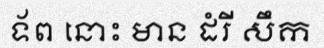
ទ័ព នោះ មាន ដំរី សឹក